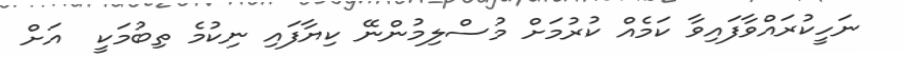
ނަހީކުރައްވާފައިވާ ކަމެއް ކުރުމަށް މުސްލިމުންނޭ ކިޔާފައި ނިކުމެ ތިބުމަކީ  އަށް